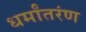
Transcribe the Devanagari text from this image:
धर्मांतरंण